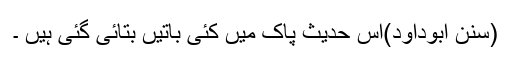
(سنن ابوداؤد)اس حدیث پاک میں کئی باتیں بتائی گئی ہیں ۔